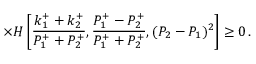
\times H \left[ \frac { k _ { 1 } ^ { + } + k _ { 2 } ^ { + } } { P _ { 1 } ^ { + } + P _ { 2 } ^ { + } } , \frac { P _ { 1 } ^ { + } - P _ { 2 } ^ { + } } { P _ { 1 } ^ { + } + P _ { 2 } ^ { + } } , ( P _ { 2 } - P _ { 1 } ) ^ { 2 } \right] \geq 0 \, .